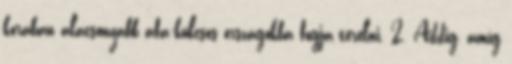
korában alacsonyabb áfa-kulcsos országokba fogja terelni. 2. Addig, amíg